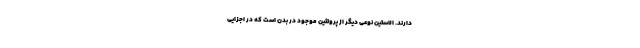
دارند. الاستین نوعی دیگر از پروتئین موجود در بدن است که در اجزایی